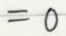
= 0